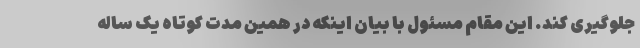
جلوگیری کند. این مقام مسئول با بیان اینکه در همین مدت کوتاه یک ساله